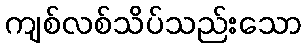
ကျစ်လစ်သိပ်သည်းသော